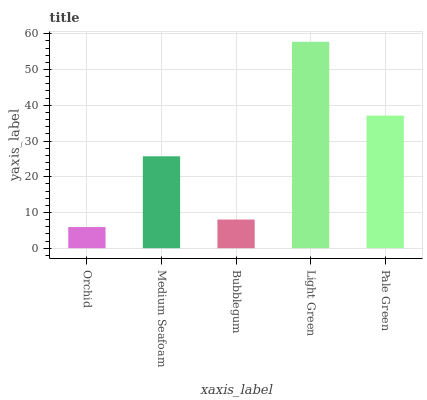
| xaxis_label | bars |
 | --- | --- |
 | Orchid | 5.92 |
 | Medium Seafoam | 25.7 |
 | Bubblegum | 8.03 |
 | Light Green | 57.8 |
 | Pale Green | 37.1 |